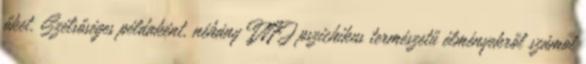
őket. Szélsőséges példaként, néhány INFJ pszichikus természetű élményekről számol